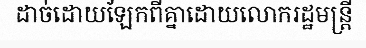
ដាច់ដោយឡែកពីគ្នាដោយលោករដ្ឋមន្ត្រី